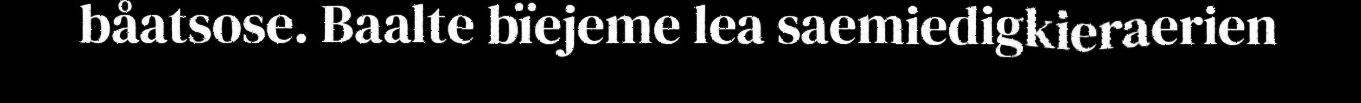
båatsose. Baalte bïejeme lea saemiedigkieraerien